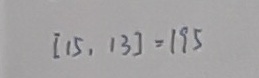
[ 1 5 , 1 3 ] = 1 9 5